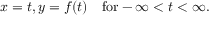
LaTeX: x = t , y = f ( t ) \quad \mathrm { f o r } - \infty < t < \infty .